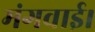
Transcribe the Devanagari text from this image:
मंगवाई।